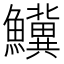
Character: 𬵷